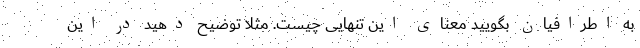
به اطرافیان بگویید معنای این تنهایی چیست. مثلاً توضیح دهید در این